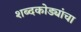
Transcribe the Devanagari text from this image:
शब्दकोड्यांचा